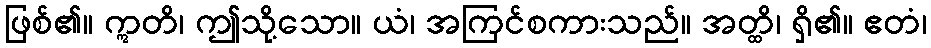
ဖြစ်၏။ ဣတိ၊ ဤသို့သော။ ယံ၊ အကြင်စကားသည်။ အတ္ထိ၊ ရှိ၏။ ဧတံ၊